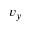
v _ { y }